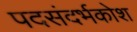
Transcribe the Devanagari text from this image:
पदसंदर्भकोश